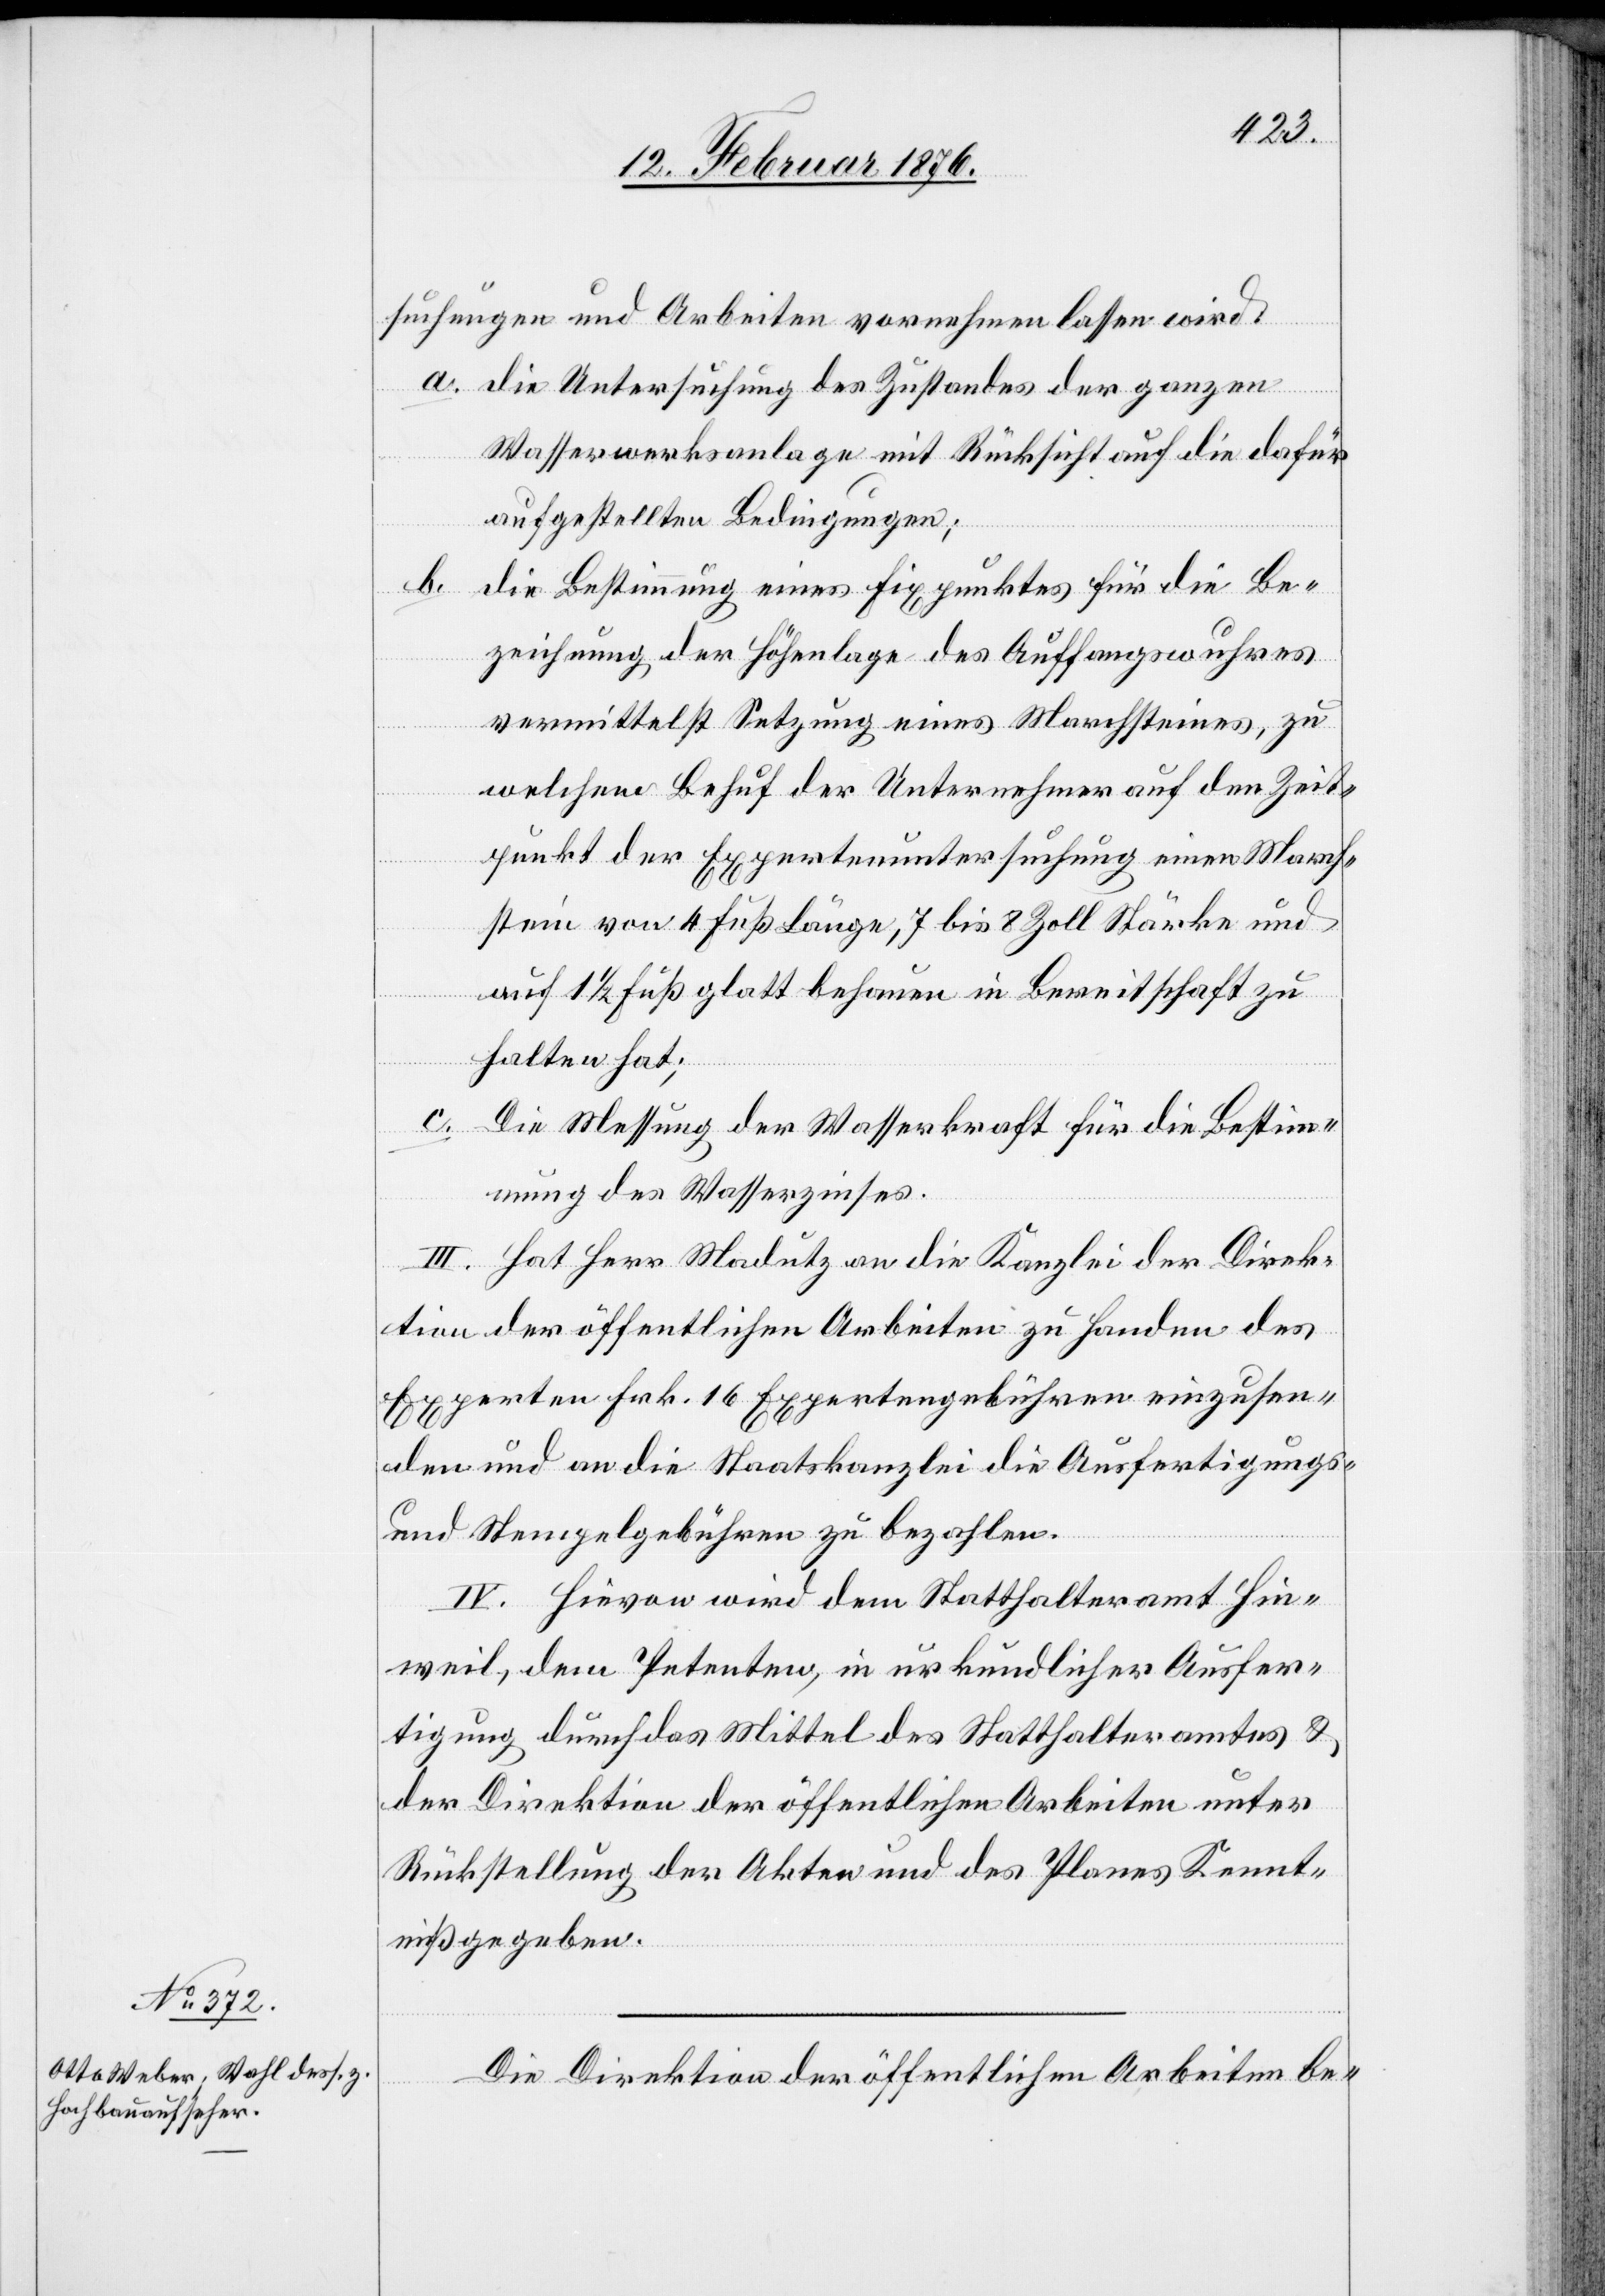
suchungen und Arbeiten vornehmen lassen wird:
a. die Untersuchung des Zustandes der ganzen
Wasserwerkanlage mit Rücksicht auf die dafür
aufgestellten Bedingungen;
b.
die Bestimmung eines Fixpunktes für die Be¬
zeichnung der Höhenlage des Auffangswuhres
vermittelst Setzung eines Marchsteines, zu
welcher Behuf der Unternehmer auf den Zeit¬
punkt der Expertenuntersuchung einen Mach¬
stein von 4 Fuß Länge, 7 bis 8 Zoll Stärke und
auf 1 1/2 Fuß glatt behauen in Bereitschaft zu
halten hat;
c. Die Messung der Wasserkraft für die Bestim¬
mung des Wasserzinses.
III. hat Herr Madutz an die Kanzlei der Direk¬
tion der öffentlichen Arbeiten zu handen des
Experten Frk. 16 Expertengebühren einzusen¬
den und an die Staatskanzlei die Ausfertigungs-
und Stempelgebühren zu bezahlen.
IV. Hierzu wird dem Statthalteramt Hin¬
weil, dem Petenten, in urkundlicher Ausfer¬
tigung durch das Mittel des Statthalteramtes &
der Direktion der öffentlichen Arbeiten unter
Rückstellung der Akten und des Planes Kennt¬
niß gegeben.
Die Direktion der öffentlichen Arbeiten be-